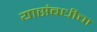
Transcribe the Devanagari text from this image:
यासंबधीचा